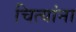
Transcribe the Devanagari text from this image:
चित्यांना